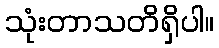
သုံးတာသတိရှိပါ။